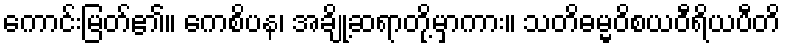
ကောင်းမြတ်၏။ ကေစိပန၊ အချို့ဆရာတို့မှာကား။ သတိဓမ္မဝိစယဝီရိယပီတိ